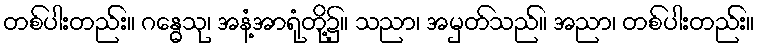
တစ်ပါးတည်း။ ဂန္ဓေသု၊ အနံ့အာရုံတို့၌။ သညာ၊ အမှတ်သည်။ အညာ၊ တစ်ပါးတည်း။